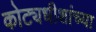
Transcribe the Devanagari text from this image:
कोट्यधीशांच्या